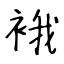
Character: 𧚄